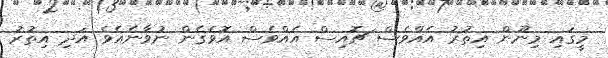
މީގައި މިނޫން އިތުރު އެއްވެސް ޗޮއިސް އެއްވެސް އޮވެގެން ނުވާނެއެވެ އަދި އިތުރު